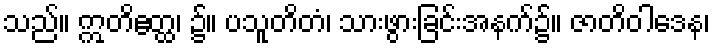
သည်။ ဣတိဧတ္ထ၊ ၌။ ပသူတိတံ၊ သားဖွားခြင်းအနက်၌။ ဇာတိဝါဒေန၊